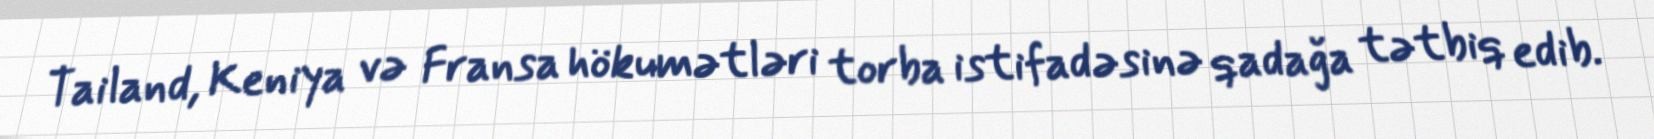
Tailand, Keniya və Fransa hökumətləri torba istifadəsinə qadağa tətbiq edib.